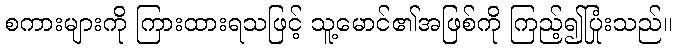
စကားများကို ကြားထားရသဖြင့် သူ့မောင်၏အဖြစ်ကို ကြည့်၍ပြုံးသည်။